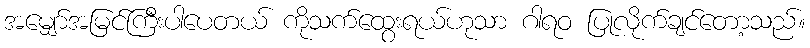
အမျှော်အမြင်ကြီးပါပေတယ် ကိုသက်ထွေးရယ်ဟုသာ ဂါရဝ ပြုလိုက်ချင်တော့သည်။